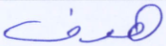
هدف